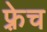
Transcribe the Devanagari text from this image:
फ़्रेच